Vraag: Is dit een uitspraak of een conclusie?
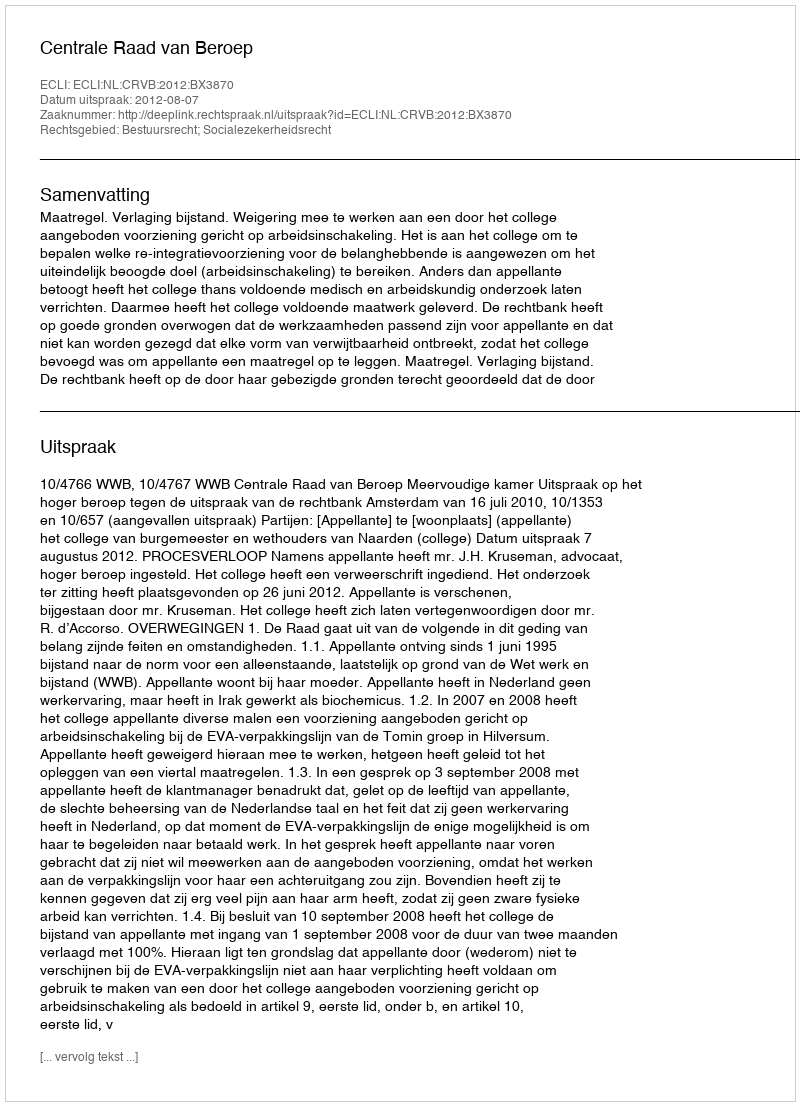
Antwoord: Uitspraak